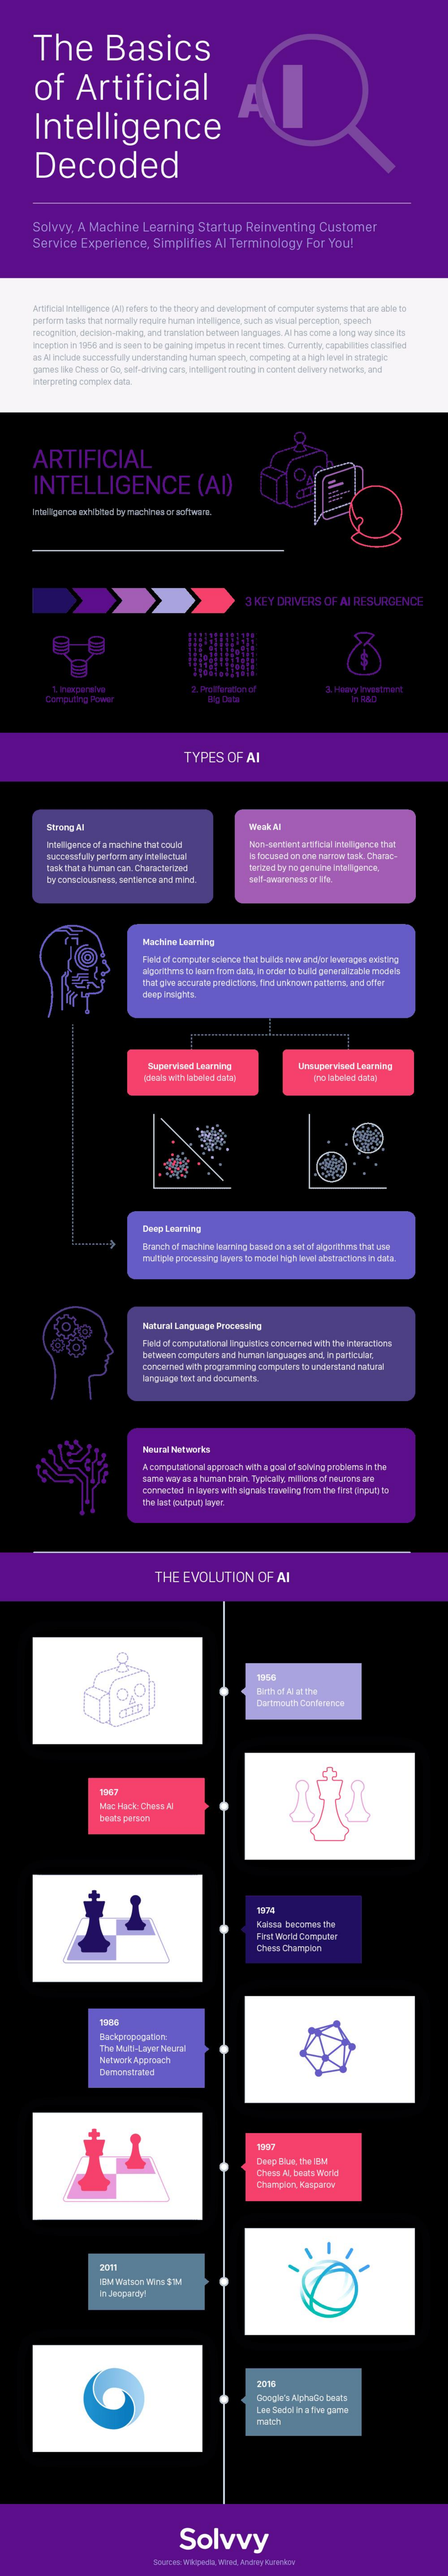
The    Basics
     of    Artificial
     Intelligence
     Decoded
     Solvvy,   A  Machine    Learning    Startup    Reinventing    Customer
     Service    Experience,    Simplifies    Al  Terminology    For  You!
     Artificial Intelligence Wireters to the theory and dewloprsent of computer systemra fat ane able to
     perform tasks that normally requis hurman inteligenes, such as visual perception, speech
     Incognition, decision-making, and translation between languages Al has corse a long way since its
     Inception in 1986 sind hi swien to be gaining impetun inteoint fras. Currently, capabilities cheioited
     an A include successfully understanding human speech, competing at a high level In attsingle
     pares lice Chess or Do, salt-driving can, intelligent routing in content delivery networks, and
     interpreting complex ease.
     ARTIFICIAL
     INTELLIGENCE    (AI)
     Intelligence sahibitad ay machiras or sohovats.
     3 KEY  DRIVERS    OF  AI RESURGENCE
     Proliferation of    3. Heavy hastrent
     TYPES    OF   AI
     Simong Ml    Weak.Al
     Non-sensont artificial intelligence thar
     is focused on one rami task Chatse-
     tortas1 by no gersine inteligence.
     by cons-oausness. sardience and mind
     Machine Leaming
     Field of computer science that builds rww andfor keveragen editing
     algorithm ta learn fram data, in order to build peratalirabie mockeh
     that give accurate predictorn. find unknown patterna, and offer
     csp Irighta.
     Supervised Learning    Unsupervised  Learning
     Dera  Leaming
     Aranch of machine learning based on a set of algorithmes that use
     multiple processing layers ta model high level abstractiona in taca.
     Natural Language Processing
     Field of computational linguistica concerned with the interacdom
     between  computers and humin linguagin  and, In particular.
     conoirwid with programming campules  la andiraland ritusd
     largulige Nal and documwints.
     Neural Networks
     A computational approach vilha poel el solvino preblers inthe
     same way as a human brain. Typically invitons of restarts ate
     connectea in lopers with signals traveling from the first onput to
     the list Poulpull lirywer.
     THE   EVOLUTION    OF   AI
     1254
     Mac Hack: Chwas Al
     First World Computer
     Chess Champion
     1566
     Backpropagation
     The Muts -Lapor Naural
     Sletwork Approach
     1927
     Chris ALL beins world
     IBM watson Wins Stu
     Lea Sedol in a five parwe
     maich
     Solvvy